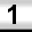
Digit: 1